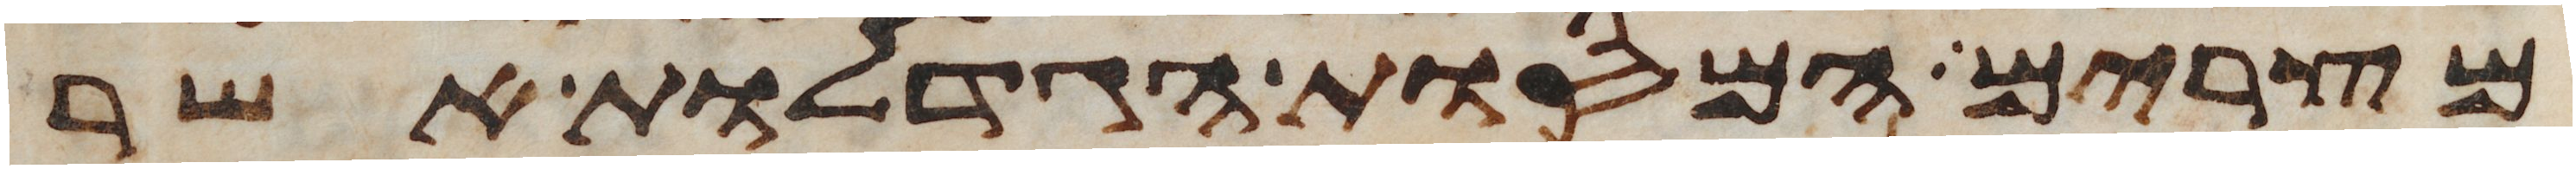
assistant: מצרים המסות הגדלות אשר